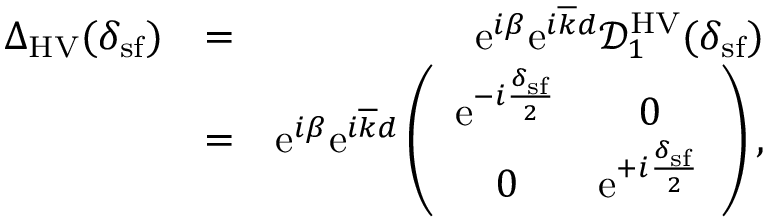
\begin{array} { r l r } { { \Delta } _ { \mathrm { H V } } ( \delta _ { \mathrm { s f } } ) } & { = } & { \mathrm { e } ^ { i \beta } \mathrm { e } ^ { i \overline { { k } } d } \mathcal { D } _ { 1 } ^ { \mathrm { H V } } ( \delta _ { \mathrm { s f } } ) } \\ & { = } & { \mathrm { e } ^ { i \beta } \mathrm { e } ^ { i \overline { { k } } d } \left( \begin{array} { c c } { \mathrm { e } ^ { - i \frac { \delta _ { \mathrm { s f } } } { 2 } } } & { 0 } \\ { 0 } & { \mathrm { e } ^ { + i \frac { \delta _ { \mathrm { s f } } } { 2 } } } \end{array} \right) , } \end{array}